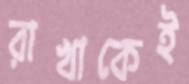
রাখাকেই